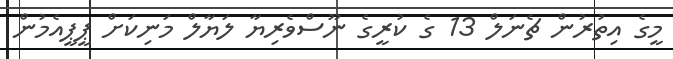
މީގެ އިތުރުން ޗެނަލް 13 ގެ ކުރީގެ ނޫސްވެރިޔާ ލަޔާލް މަނިކަށް ޕީޕީއެމުން